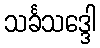
သင်္ခသဒ္ဒေါ